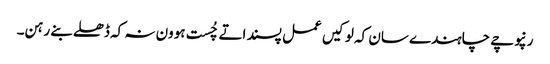
رنپوچے چاہندے سان کہ لوکیں عمل پسند اتے چُست ہوون نہ کہ ڈھلے بنے رہن۔